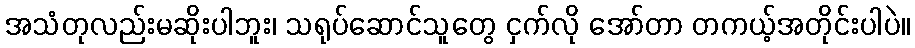
အသံတုလည်းမဆိုးပါဘူး၊ သရုပ်ဆောင်သူတွေ ငှက်လို အော်တာ တကယ့်အတိုင်းပါပဲ။